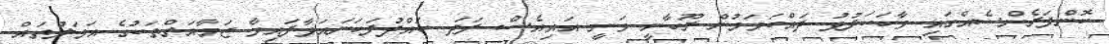
ކޮންފަރެންސެއްގައި ވާހަކަފުޅު ދައްކަވަމުން ރޫހާނީ ވަނީ އައިއެސް ފަދަ ހައްދުފަހަނައަޅާފައިވާ ޖަމާއަތްތަކުގެ އަމަލުތައް